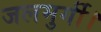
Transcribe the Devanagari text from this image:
जलमुर्गी।